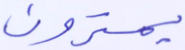
يمترون